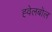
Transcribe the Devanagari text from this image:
ह्वेलबोल